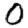
Digit: 0